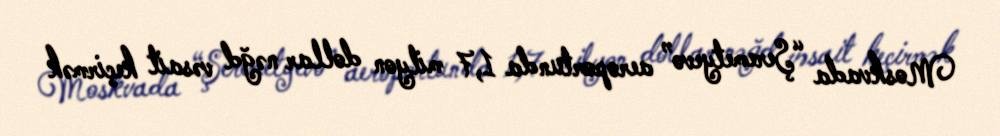
Moskvada “Şeremetyevo” aeroportunda 1,7 milyon dollar nəğd vəsait keçirmək